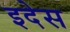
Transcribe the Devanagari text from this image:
इदेस